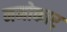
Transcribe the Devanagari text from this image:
नमोकार्